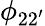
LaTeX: \phi_{22^{\prime}}